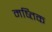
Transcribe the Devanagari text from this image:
मष्तिक